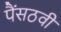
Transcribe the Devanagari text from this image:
पैंसठवीं